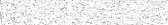
٢٩